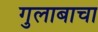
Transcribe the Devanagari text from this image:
गुलाबाचा